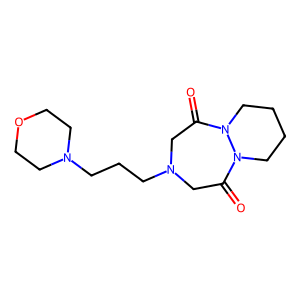
SMILES: O=C1CN(CCCN2CCOCC2)CC(=O)N2CCCCN12
Inhibits HIV replication: No